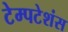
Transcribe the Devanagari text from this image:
टेम्पटेशंस